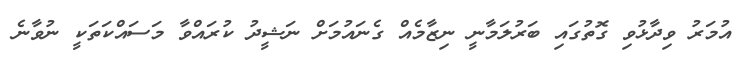
އުމަރު ވިދާޅުވި ގޮތުގައި ބަރުލަމާނީ ނިޒާމެއް ގެނައުމަށް ނަޝީދު ކުރައްވާ މަސައްކަތަކީ ނުވާނެ